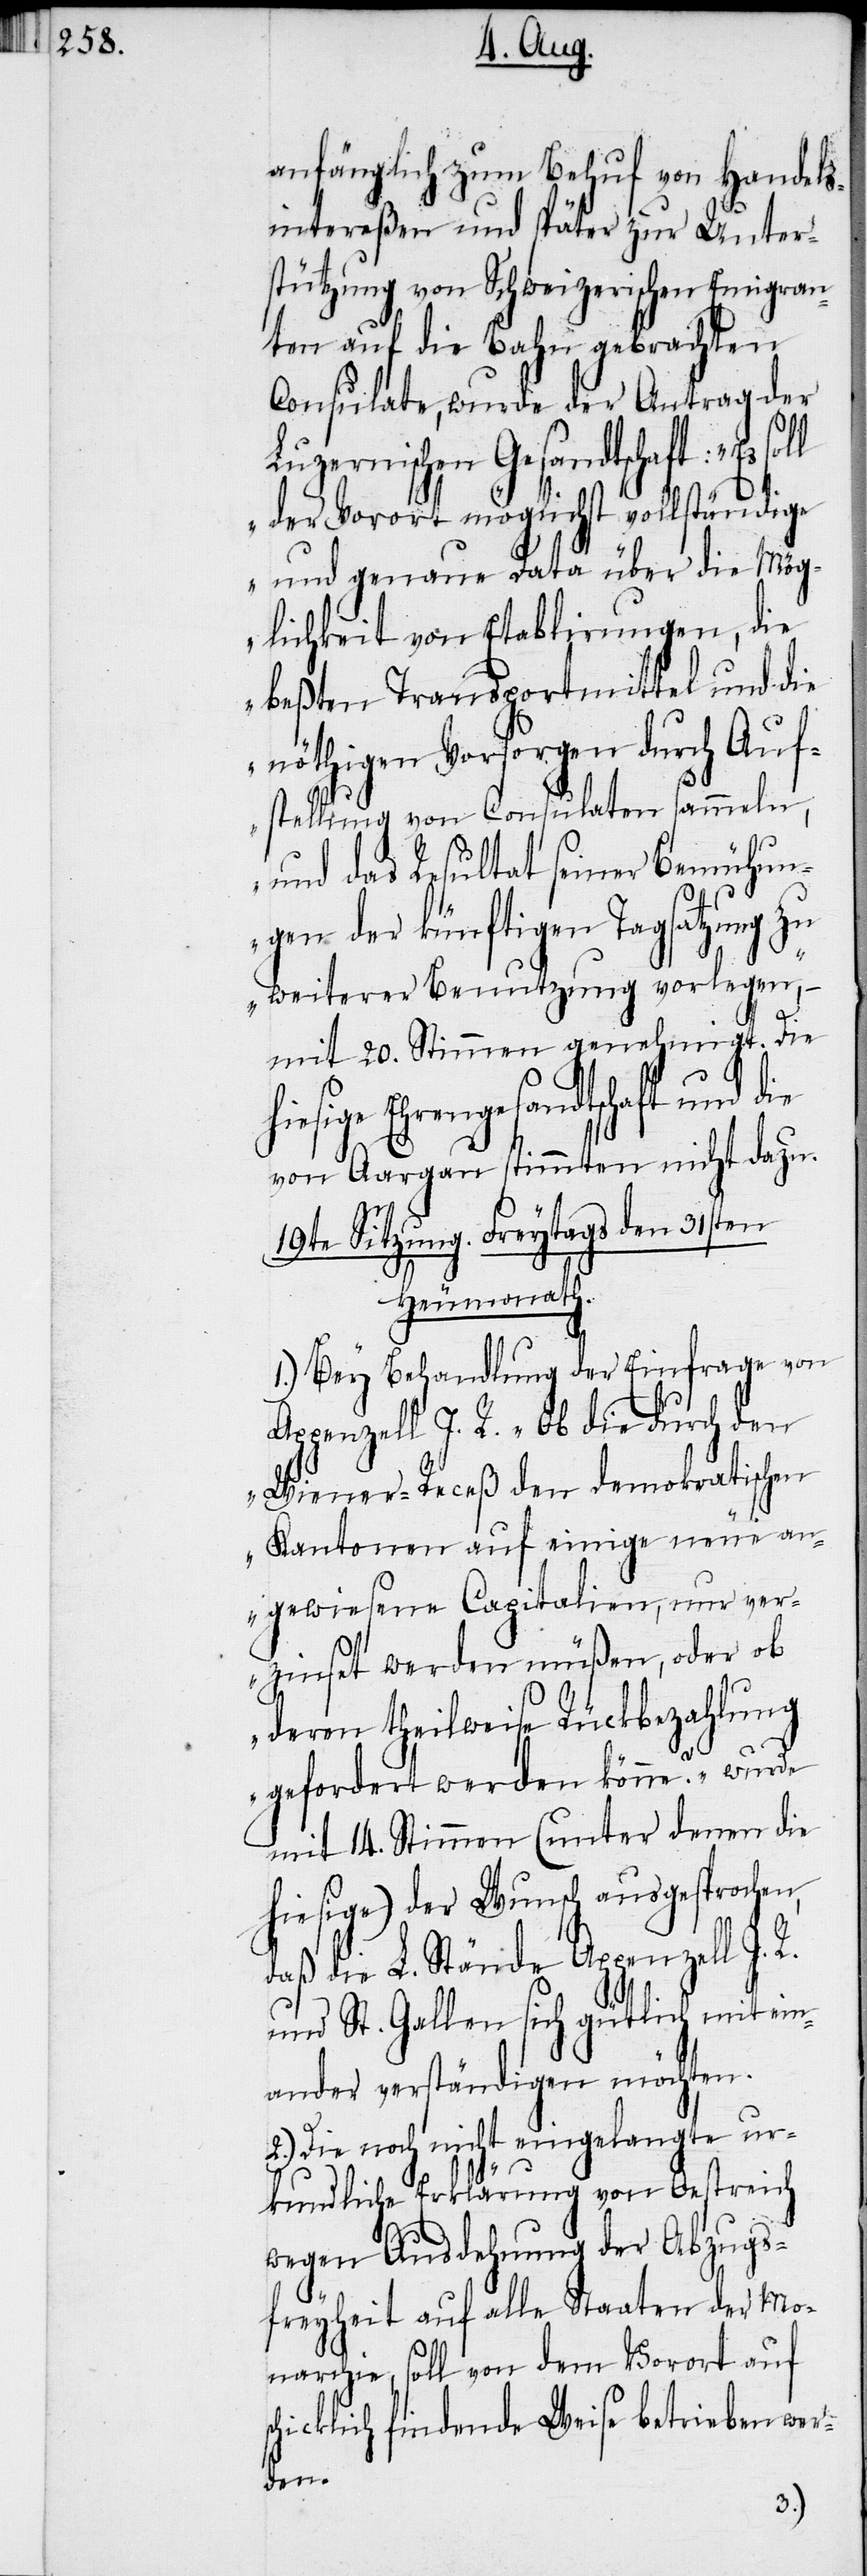
anfänglich zum Behuf von Handels¬
intereßen und später zur Unter¬
stützung von Schweizerischen Emigran¬
ten auf die Bahn gebrachten
Consulate, wurde der Antrag der
uzernischen Gesandtschaft:
der Vorort möglichst vollständige
und genaue Data über die Mög¬
lichkeit von Etablirungen, die
beßten Transportmittel und die
nöthigen Vorsorgen durch Auf¬
stellung von Consulaten sammeln,
und das Resultat seiner Bemühun¬
gen der künftigen Tagsatzung zu
weiterer Benutzung vorlegen“,
L¬
mit 20. Stimmen genehmigt. Die
hiesige Ehrengesandtschaft und die
von Aargau stimmten nicht dazu.
sc¬
19te Sitzung. Freytags den 31sten
Heumonath.
1.) Bey Behandlung der Einfrage von
Appenzell I. R. „Ob die durch den
Wiener-Receß den demokratischen
Kantonen auf einige neue an¬
gewiesene Capitalien, nur ver¬
zinset werden müßen, oder ob
deren theilweise Rückbezahlung
gefordert werden könne?“ wurde
mit 14. Stimmen (unter denen die
hiesige) der Wunsch ausgesprochen,
daß die L. Stände Appenzell I.
und St. Gallen sich gütlich mit ein¬
ander verständigen möchten.
2.) Die noch nicht eingelangte ur¬
kundliche Erklärung von Oestreich
wegen Ausdehnung der Abzugs¬
freyheit auf alle Staaten der Mo¬
narchie, soll von dem Vorort auf
hicklich findende Weise betreiben wer¬
den.